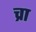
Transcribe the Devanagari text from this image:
च्रा